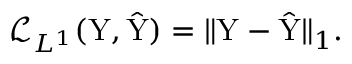
\mathcal { L } _ { L ^ { 1 } } ( \mathrm { Y } , \hat { \mathrm { Y } } ) = \| \mathrm { Y } - \hat { \mathrm { Y } } \| _ { 1 } .